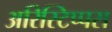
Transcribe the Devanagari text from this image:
अरिस्टिप्पस